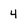
Character: 4